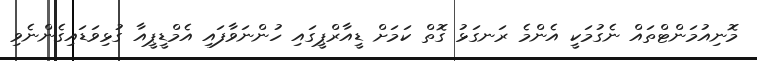
މޮނިއުމަންޓްތައް ނެގުމަކީ އެންމެ ރަނގަޅު ގޮތް ކަމަށް ޑީއާރްޕީގައި ހުންނަވާފައި އެމްޑީޕީއާ ގުޅިވަޑައިގެންނެވި